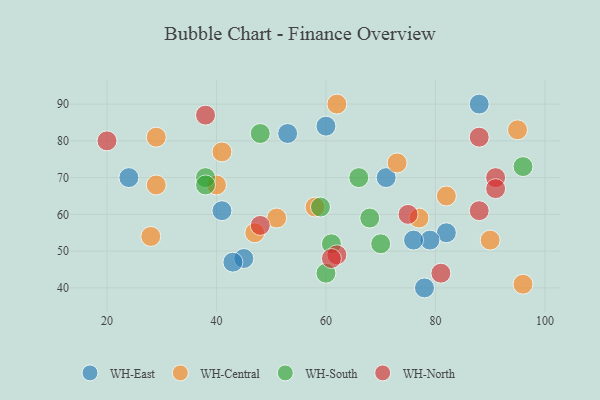
{"axis": {"x": "GDP", "y": "Life Expectancy"}, "legend": ["WH-Central", "WH-East", "WH-North", "WH-South"], "data": [{"x": "82", "y": 55, "type": "WH-East"}, {"x": "88", "y": 90, "type": "WH-East"}, {"x": "24", "y": 70, "type": "WH-East"}, {"x": "60", "y": 84, "type": "WH-East"}, {"x": "53", "y": 82, "type": "WH-East"}, {"x": "78", "y": 40, "type": "WH-East"}, {"x": "79", "y": 53, "type": "WH-East"}, {"x": "45", "y": 48, "type": "WH-East"}, {"x": "43", "y": 47, "type": "WH-East"}, {"x": "76", "y": 53, "type": "WH-East"}, {"x": "41", "y": 61, "type": "WH-East"}, {"x": "71", "y": 70, "type": "WH-East"}, {"x": "77", "y": 59, "type": "WH-Central"}, {"x": "40", "y": 68, "type": "WH-Central"}, {"x": "90", "y": 53, "type": "WH-Central"}, {"x": "29", "y": 68, "type": "WH-Central"}, {"x": "51", "y": 59, "type": "WH-Central"}, {"x": "95", "y": 83, "type": "WH-Central"}, {"x": "62", "y": 90, "type": "WH-Central"}, {"x": "29", "y": 81, "type": "WH-Central"}, {"x": "96", "y": 41, "type": "WH-Central"}, {"x": "28", "y": 54, "type": "WH-Central"}, {"x": "73", "y": 74, "type": "WH-Central"}, {"x": "58", "y": 62, "type": "WH-Central"}, {"x": "47", "y": 55, "type": "WH-Central"}, {"x": "41", "y": 77, "type": "WH-Central"}, {"x": "82", "y": 65, "type": "WH-Central"}, {"x": "68", "y": 59, "type": "WH-South"}, {"x": "96", "y": 73, "type": "WH-South"}, {"x": "66", "y": 70, "type": "WH-South"}, {"x": "59", "y": 62, "type": "WH-South"}, {"x": "38", "y": 70, "type": "WH-South"}, {"x": "60", "y": 44, "type": "WH-South"}, {"x": "70", "y": 52, "type": "WH-South"}, {"x": "61", "y": 52, "type": "WH-South"}, {"x": "48", "y": 82, "type": "WH-South"}, {"x": "38", "y": 68, "type": "WH-South"}, {"x": "62", "y": 49, "type": "WH-North"}, {"x": "38", "y": 87, "type": "WH-North"}, {"x": "91", "y": 70, "type": "WH-North"}, {"x": "48", "y": 57, "type": "WH-North"}, {"x": "81", "y": 44, "type": "WH-North"}, {"x": "91", "y": 67, "type": "WH-North"}, {"x": "75", "y": 60, "type": "WH-North"}, {"x": "88", "y": 61, "type": "WH-North"}, {"x": "88", "y": 81, "type": "WH-North"}, {"x": "20", "y": 80, "type": "WH-North"}, {"x": "61", "y": 48, "type": "WH-North"}]}